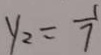
y _ { 2 } = \frac { 1 } { 7 }